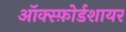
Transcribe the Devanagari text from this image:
ऑक्स्फ़ोर्डशायर